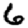
Digit: 6